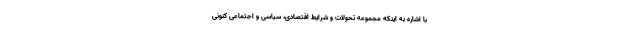
با اشاره به اینکه مجموعه تحولات و شرایط اقتصادی، سیاسی و اجتماعی کنونی